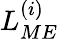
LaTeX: L_{ME}^{(i)}